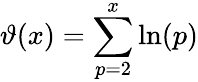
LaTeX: \vartheta(x)=\sum_{p=2}^{x}\ln(p)